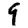
Digit: 9